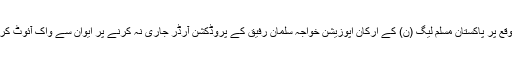
اس موقع پر پاکستان مسلم لیگ (ن) کے ارکان اپوزیشن خواجہ سلمان رفیق کے پروڈکشن آرڈر جاری نہ کرنے پر ایوان سے واک آئوٹ کرگئے۔